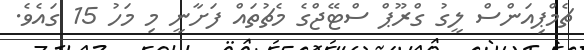
ޗެމްޕިއަންސް ލީގު ގްރޫޕް ސްޓޭޖްގެ މެޗުތައް ފަށާނީ މި މަހު 15 ގައެވެ.